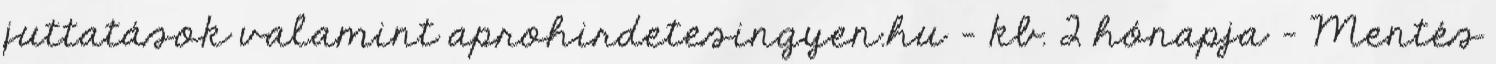
juttatások valamint aprohirdetesingyen.hu - kb. 2 hónapja - Mentés